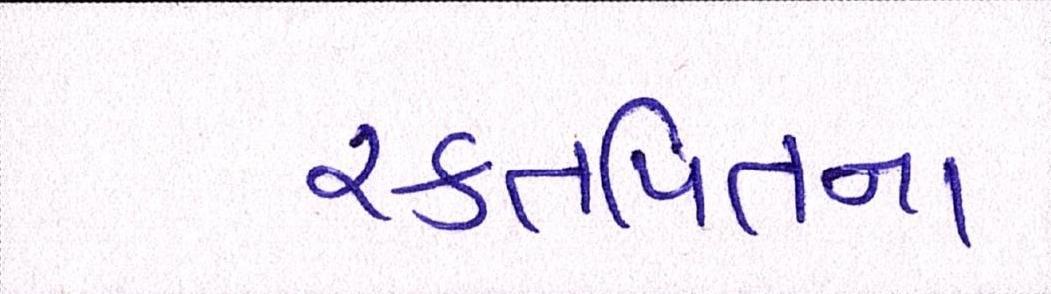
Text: રક્તપિતના